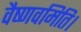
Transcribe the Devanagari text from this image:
वैष्णवमिति।